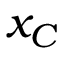
x _ { C }